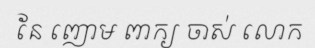
នែ ញោម ពាក្យ ចាស់ លោក